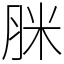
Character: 脒